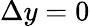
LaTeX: \Delta y=0